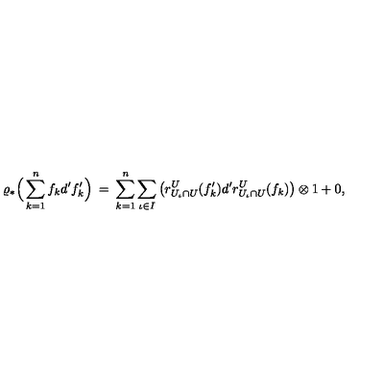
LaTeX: \varrho _ { * } \Big ( \sum _ { k = 1 } ^ { n } f _ { k } d ^ { \prime } f _ { k } ^ { \prime } \Big ) \: = \: \sum _ { k = 1 } ^ { n } \sum _ { \iota \in I } \big ( r _ { U _ { \iota } \cap U } ^ { U } ( f _ { k } ^ { \prime } ) d ^ { \prime } r _ { U _ { \iota } \cap U } ^ { U } ( f _ { k } ) \big ) \otimes 1 + 0 ,